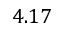
4 . 1 7